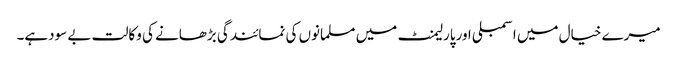
میرے خیال میں اسمبلی اورپارلیمنٹ میں مسلمانوں کی نمائندگی بڑھانے کی وکالت بے سودہے۔